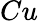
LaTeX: Cu